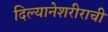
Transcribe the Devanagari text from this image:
दिल्यानेशरीराची